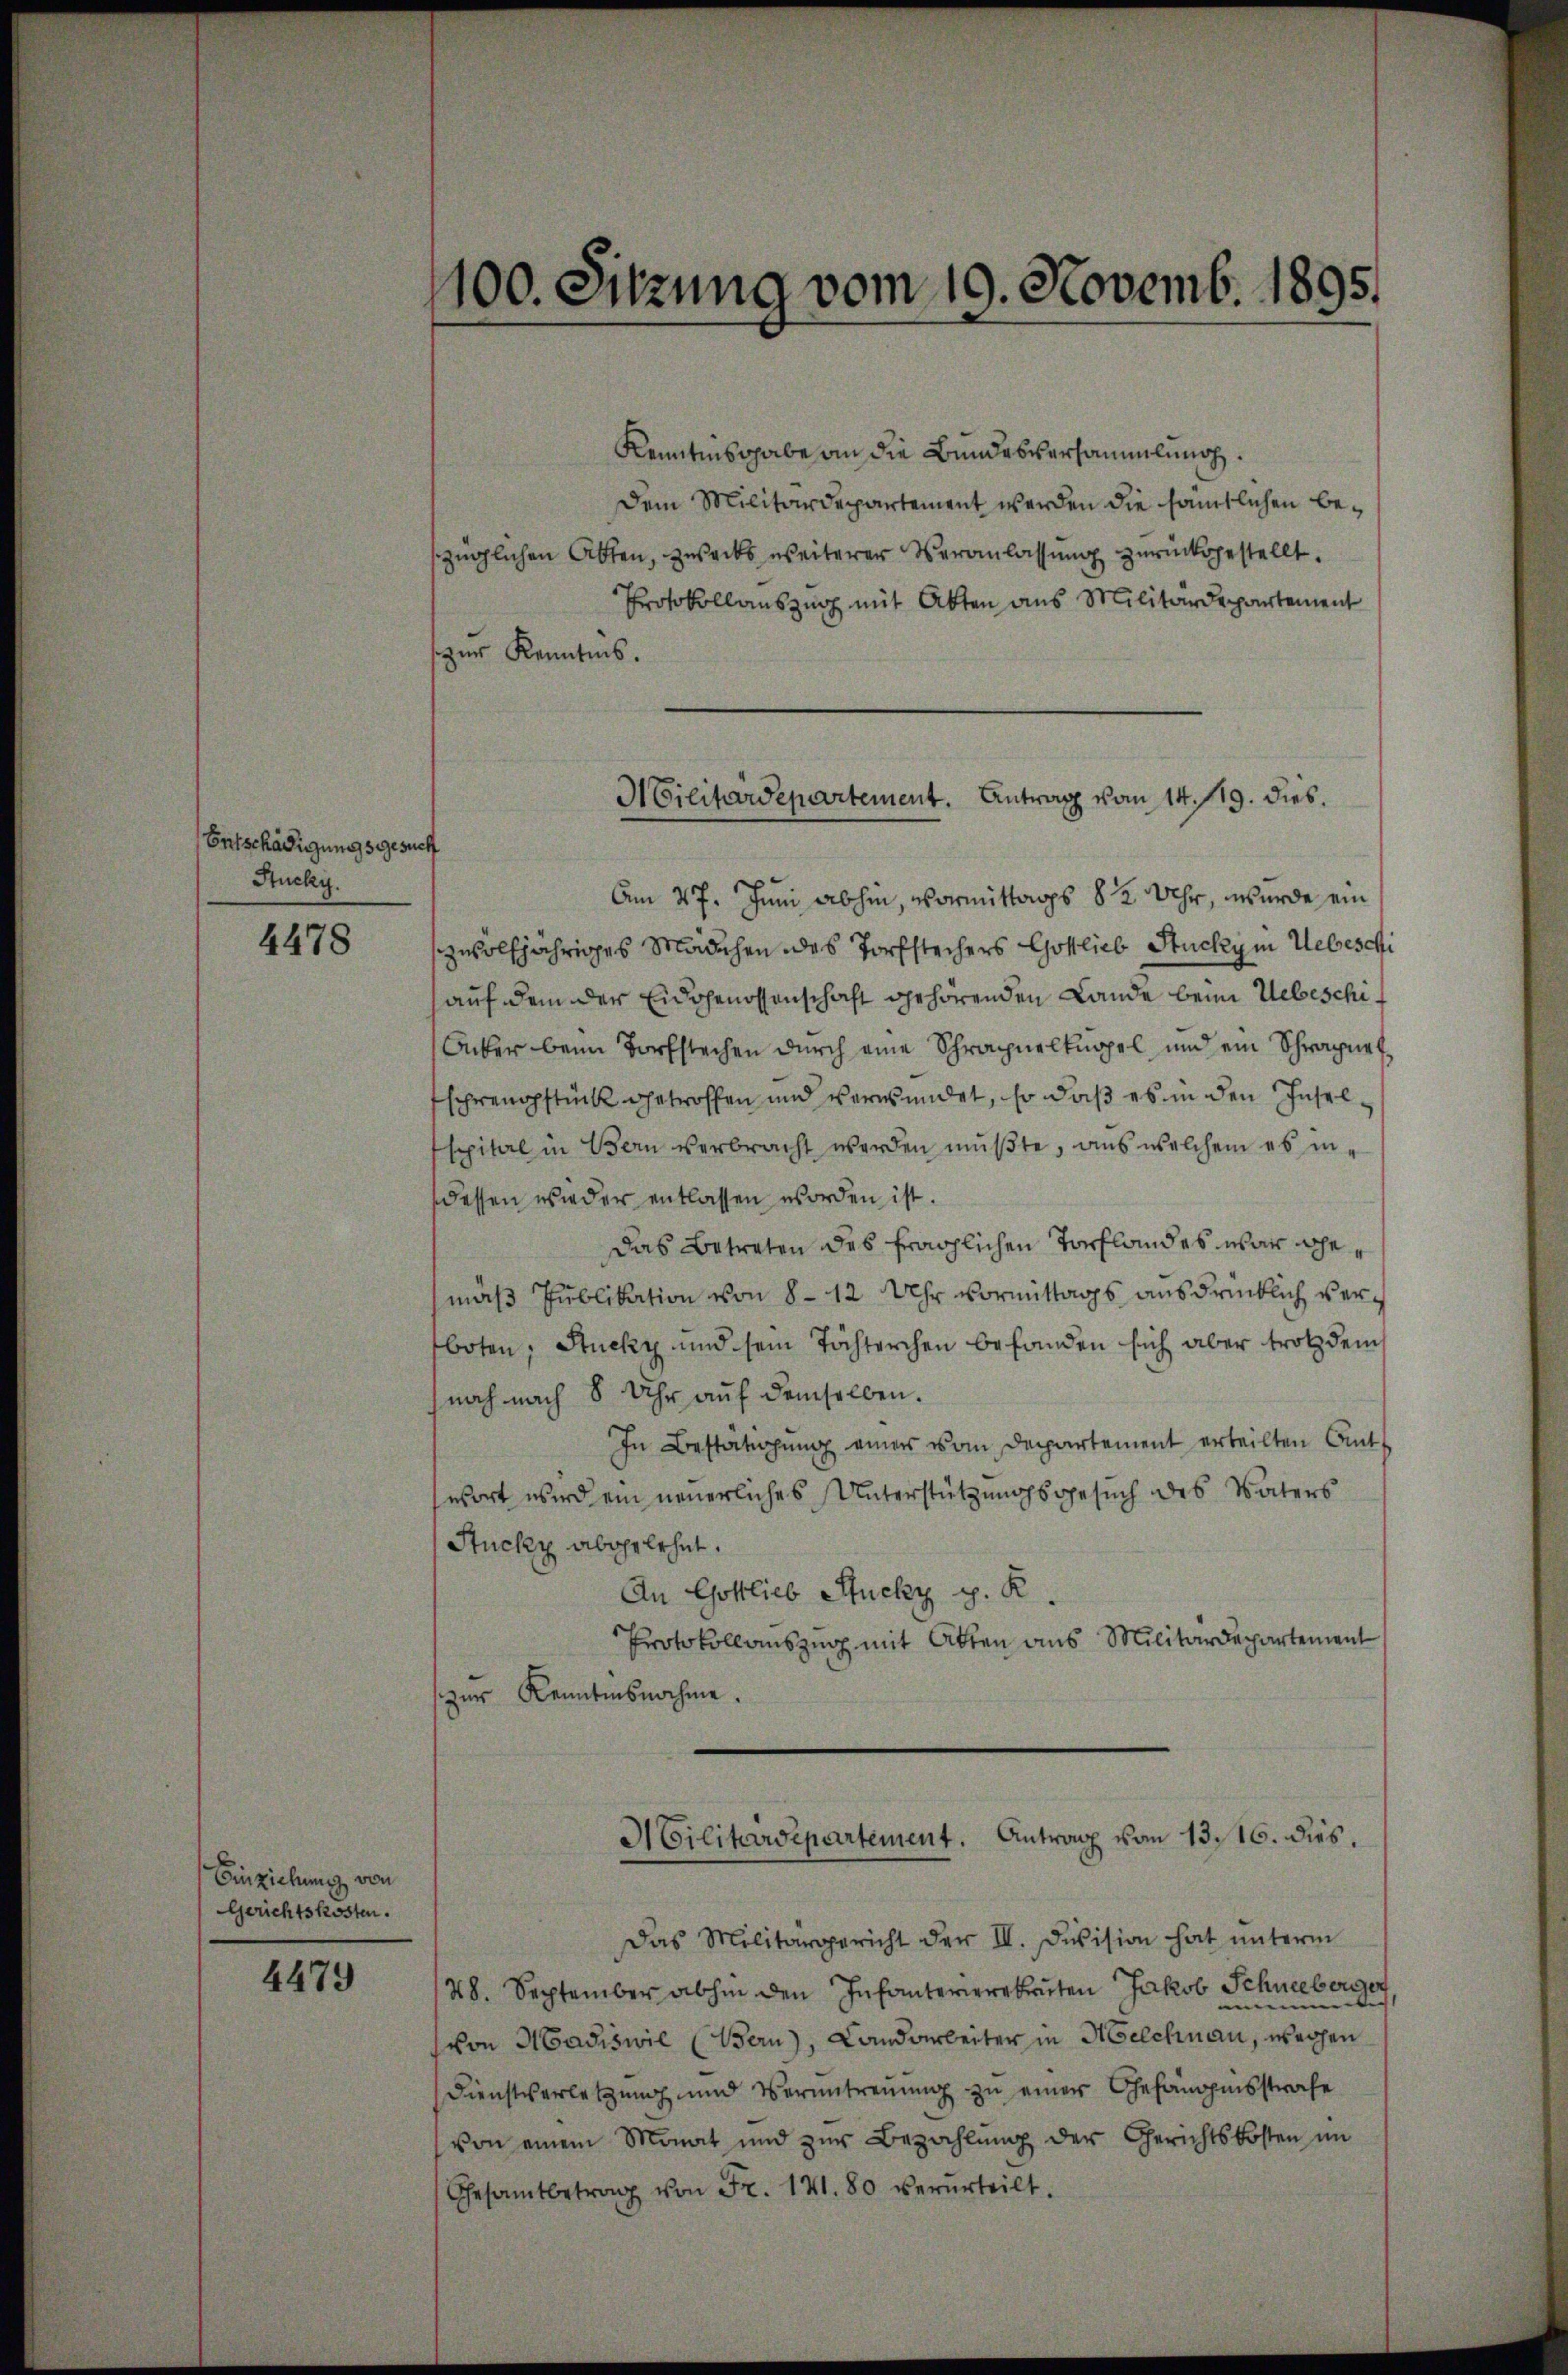
Entschädigungsgesucht
Stucky.

4478

Einziehung von
Gerichtskosten.

4479

100. Sitzung vom 19. Novemb. 1895.

Kenntnisgabe an die Bundesversammlung.
Dem Militärdepartement werden die sämtlichen Bezüglichen Akten, zwecks weiterer Veranlassung zurückgestellt.
Protokollauszug mit Akten aus Militärdepartement
zur Kenntnis.
Am 27. Juni abhin, Vormittags 8 ½ Uhr, wurde ein
zwölfjähriges Mädchen des Torfstechers Gottlieb Stuckym Uebeschi
auf dem der Eidgenossenschaft gehörenden Lande beim Uebeschi¬
Acker beim Torfstechen durch eine Schrachnelknopel und ein Schragnet
schrengstück getroffen und verwundet, so daß es in den Inselspital in Bern verbracht werden müßte, aus welchem es indessen wieder entlassen worden ist.
Das Betreten des fraglichen Torflandes war gemäß Publikation von 8 - 12 Uhr Vormittags ausdrücklich verboten, Stucky und sein Töchterchen befanden sich aber trotz dem
noch nach 8 Uhr auf demselben.
In Bestätigung einer vom Departement erteilten Antswort wird ein neuerliches Unterstützungsgesuch des Vaters
Stucky abgelehnt.
An Gottlieb Stucky p. K.
Protokollauszug mit Atten aus Militärdepartement
zur Kenntnisnahme.
Militärdepartement. Antrag vom 13. 16. dies.
Das Militärgericht der III. Division hat unterm
48. September abhin den Infanterierekruten Jakob Schneeberger
von Madiswil (Bern), Landarbeiter in Melchnau, wegen
Dienstverletzŭng und Verantrenŭng zŭ einer Gefängnisstrafe
von einem Monat und zŭr Bezahlŭng der Gerichtskosten im
Gesamtbetrag von Fr. 141. 80 verurteilt.

Militärdepartement. Antrag vom 14. 119. dies.